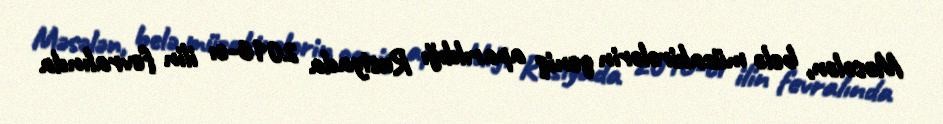
Məsələn, belə müzakirələrin geniş aparıldığı Rusiyada 2016-cı ilin fevralında